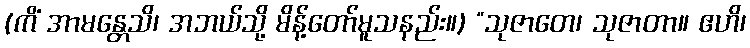
(ကိံ အာမန္တေသိ၊ အဘယ်သို့ မိန့်တော်မူသနည်း။) “သုဇာတေ၊ သုဇာတာ။ ဧဟိ၊